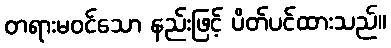
တရားမဝင်သော နည်းဖြင့် ပိတ်ပင်ထားသည်။